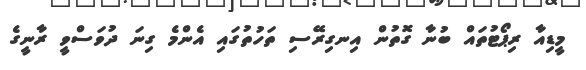
މީޑިއާ ރިޕޯޓުތައް ބުނާ ގޮތުން އިނގިރޭސި ތަހުތުގައި އެންމެ ގިނަ ދުވަސްވީ ރާނީގެ